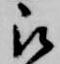
被